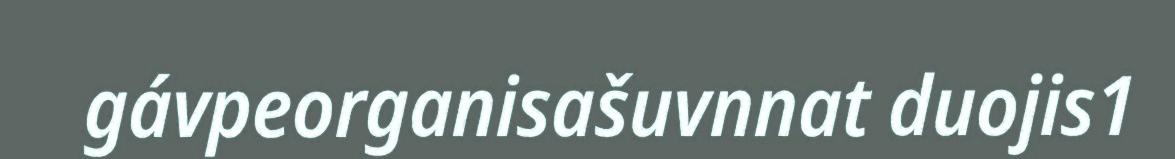
gávpeorganisašuvnnat duojis1